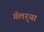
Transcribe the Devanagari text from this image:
गॅलर्‍या